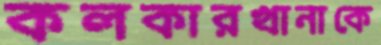
কলকারখানাকে